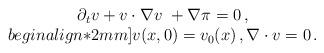
LaTeX: \begin{align*}\begin{array}{c}\partial_t v + v\cdot \nabla v\ +\nabla \pi =0\,,\\begin{align*}2mm]v(x,0)=v_0(x)\,,\nabla\cdot v=0\,.\end{array}\end{align*}